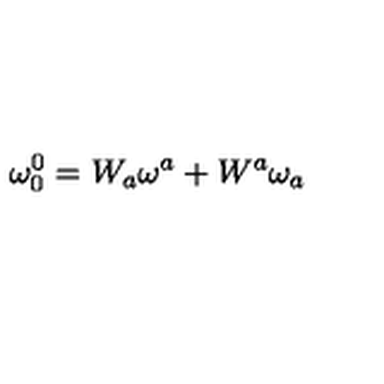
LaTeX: \mathbf { \omega } _ { 0 } ^ { 0 } = W _ { a } \mathbf { \omega } ^ { a } + W ^ { a } \mathbf { \omega } _ { a }